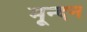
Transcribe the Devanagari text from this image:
मून्दन